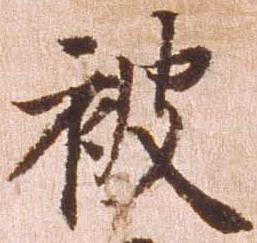
被